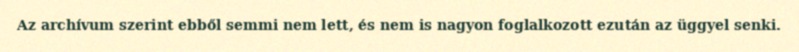
Az archívum szerint ebből semmi nem lett, és nem is nagyon foglalkozott ezután az üggyel senki.